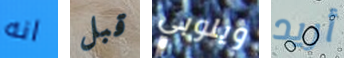
انه قبل ويلوبي أريد